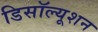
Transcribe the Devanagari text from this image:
डिसॉल्यूशन